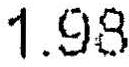
1.98